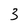
Character: 3